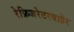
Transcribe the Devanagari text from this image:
रेफ्रिजरेटरबाहेर